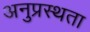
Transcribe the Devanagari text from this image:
अनुप्रस्थता